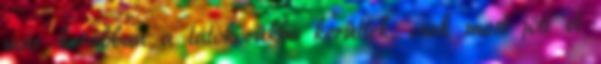
már korábban a látókörükbe kerültek, csak most jött el